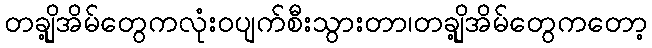
တချို့အိမ်တွေကလုံးဝပျက်စီးသွားတာ၊တချို့အိမ်တွေကတော့